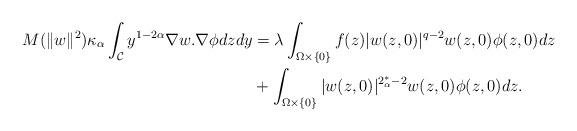
LaTeX: \begin{align*}M(\|w\|^2)\kappa_\alpha \int_\mathcal C y^{1-2\alpha}\nabla w.\nabla \phi dzdy&=\lambda \int_{\Omega\times\{0\}} f(z)|w(z, 0)|^{q-2}w(z, 0)\phi(z, 0) dz\\&+\int_{\Omega\times \{0\}}|w(z,0)|^{2^*_\alpha-2}w(z, 0)\phi(z, 0) dz.\end{align*}